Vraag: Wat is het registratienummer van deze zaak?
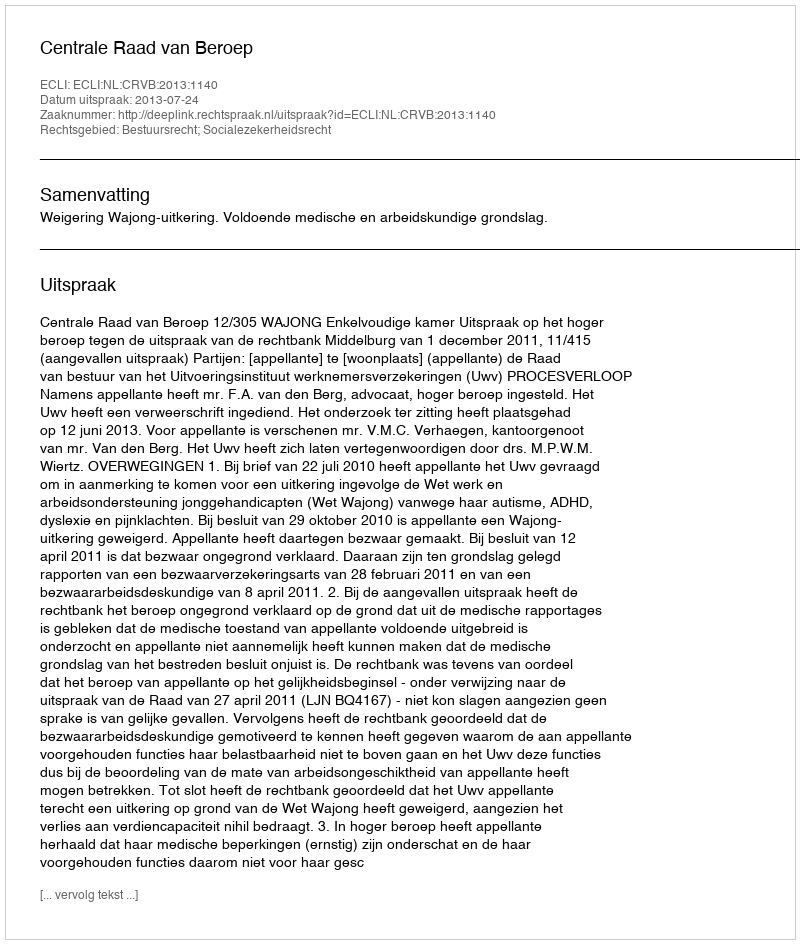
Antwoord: http://deeplink.rechtspraak.nl/uitspraak?id=ECLI:NL:CRVB:2013:1140